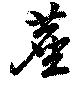
塵